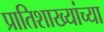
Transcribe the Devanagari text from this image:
प्रातिशाख्यांच्या